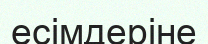
есімдеріне